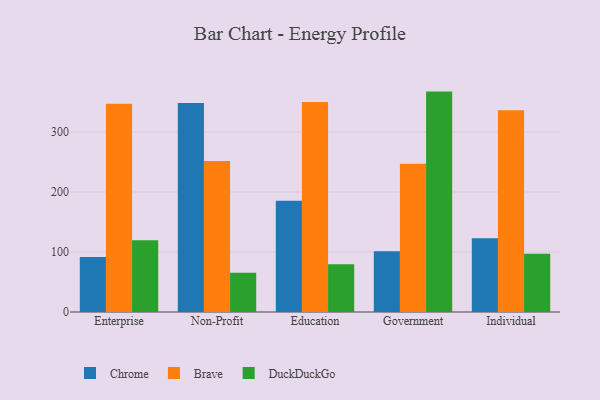
{"axis": {"x": "Segment", "y": "Production Output"}, "legend": ["Brave", "Chrome", "DuckDuckGo"], "data": [{"x": "Enterprise", "y": 91.6, "type": "Chrome"}, {"x": "Enterprise", "y": 347.0, "type": "Brave"}, {"x": "Enterprise", "y": 119.5, "type": "DuckDuckGo"}, {"x": "Non-Profit", "y": 348.3, "type": "Chrome"}, {"x": "Non-Profit", "y": 251.5, "type": "Brave"}, {"x": "Non-Profit", "y": 65.3, "type": "DuckDuckGo"}, {"x": "Education", "y": 185.4, "type": "Chrome"}, {"x": "Education", "y": 350.1, "type": "Brave"}, {"x": "Education", "y": 79.6, "type": "DuckDuckGo"}, {"x": "Government", "y": 101.1, "type": "Chrome"}, {"x": "Government", "y": 247.0, "type": "Brave"}, {"x": "Government", "y": 367.3, "type": "DuckDuckGo"}, {"x": "Individual", "y": 123.0, "type": "Chrome"}, {"x": "Individual", "y": 336.3, "type": "Brave"}, {"x": "Individual", "y": 97.1, "type": "DuckDuckGo"}]}